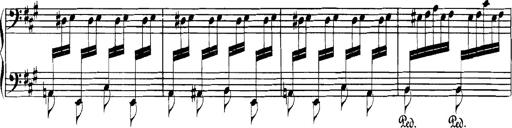
Title: Spinnerlied aus dem Fliegenden HollÃ¤nder
Composer: Franz Liszt